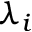
\lambda _ { i }